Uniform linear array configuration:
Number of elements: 32
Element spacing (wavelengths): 0.5
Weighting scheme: exponential
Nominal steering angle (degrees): -60
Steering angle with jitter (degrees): -60.261
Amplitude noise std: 0.05
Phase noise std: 0.05

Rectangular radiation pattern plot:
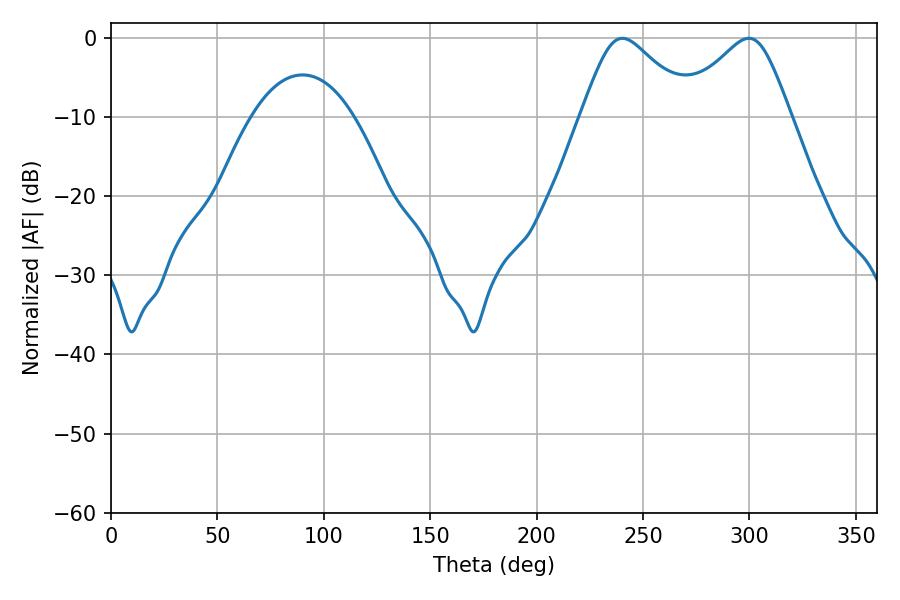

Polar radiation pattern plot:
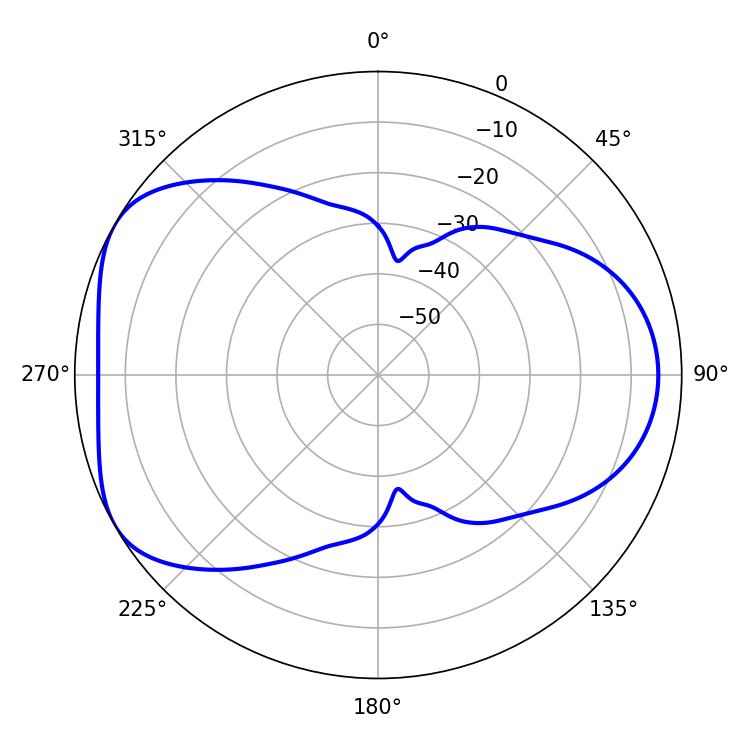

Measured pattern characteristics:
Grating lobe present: FALSE
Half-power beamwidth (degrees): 25.56
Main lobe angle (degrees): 240.3